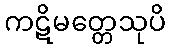
ကဋိမတ္တေသုပိ